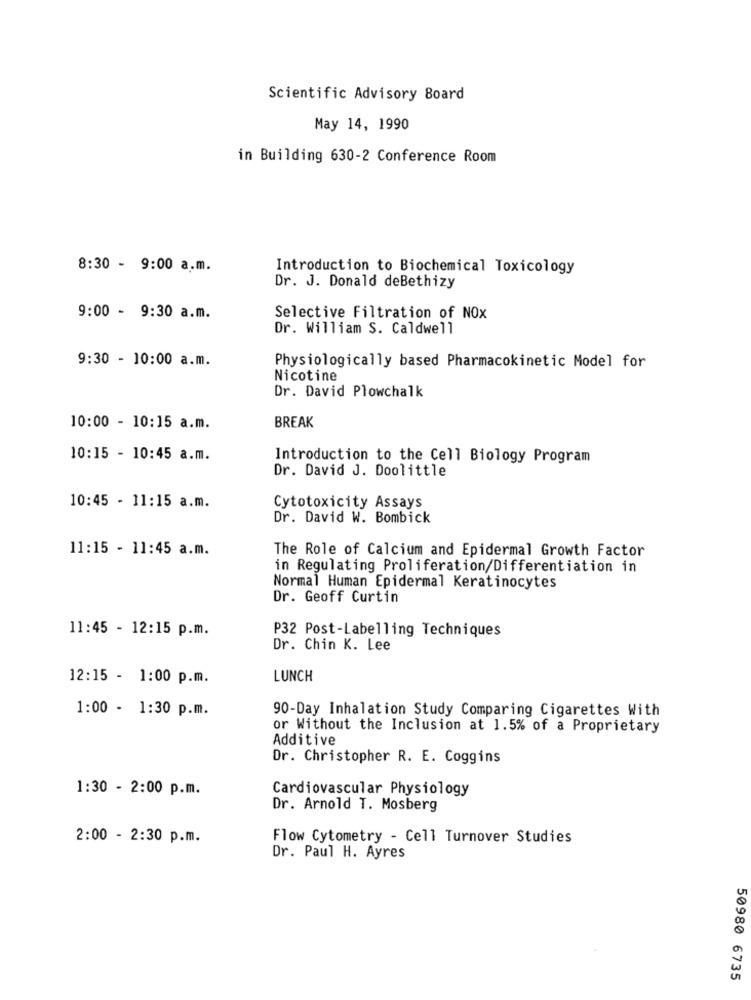
Scientific Advisory Board
May 14, 1990
in Building 630-2 Conference Room
8:30 - 9:00 a.m.
Introduction to Biochemical Toxicology
Dr. J. Donald deBethizy
9:00 - 9:30 a.m.
Selective Filtration of NOX
Dr. William S. Caldwell
9:30 - 10:00 a.m.
Physiologically based Pharmacokinetic Model for
Nicotine
Dr. David Plowchalk
BREAK
10:00 - 10:15 a.m.
10:15 - 10:45 a.m.
Introduction to the Cell Biology Program
Dr. David J. Doolittle
10:45 - 11:15 a.m.
Cytotoxicity Assays
Dr. David W. Bombick
11:15 - 11:45 a.m.
The Role of Calcium and Epidermal Growth Factor
in Regulating Proliferation/Differentiation in
Normal Human Epidermal Keratinocytes
Dr. Geoff Curtin
11:45 - 12:15 p.m.
P32 Post-Labelling Techniques
Dr. Chin K. Lee
12:15 - 1:00 p.m.
LUNCH
1:00 - 1:30 p.m.
90-Day Inhalation Study Comparing Cigarettes With
or Without the Inclusion at 1.5% of a Proprietary
Additive
Dr. Christopher R. E. Coggins
1:30 - 2:00 p.m.
Cardiovascular Physiology
Dr. Arnold T. Mosberg
2:00 - 2:30 p.m.
Flow Cytometry - Cell Turnover Studies
Dr. Paul H. Ayres
50980 6735